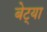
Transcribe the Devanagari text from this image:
बेट्या